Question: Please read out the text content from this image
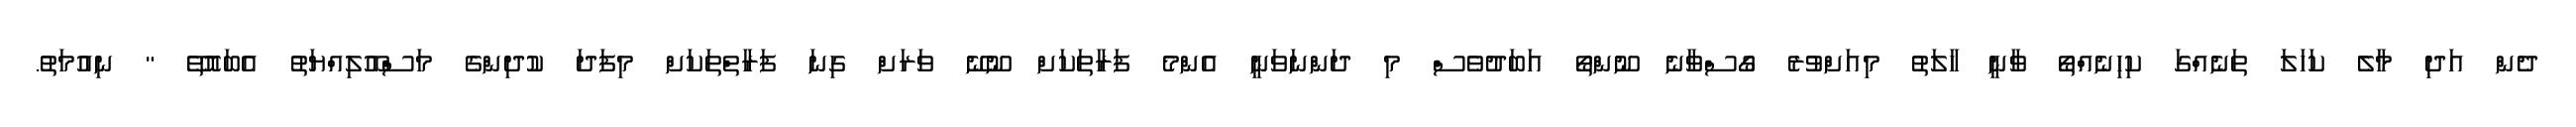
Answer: ދެން އަދި މާލެ ކަހަލަ ތަނެއްގަ ކިހިނެއްތޯ ވާނީ ހާލަތު މިއަށްވުރެ ގޯސްވާނެ ނޫންތޯ އަބަދުވެސް މި ދަންނަވަނީ އެންމެ ފަރާތަކަށް ނޫނޭ ވަރަށް ގިނަ ފަރާތްތަކަށް މިފަދަ ކުދިންގެ މަސްއޫލިއްޔަތު އެބައޮތޭ " ނިއުމަތު.